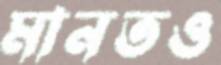
মানতও